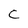
Character: C